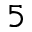
5